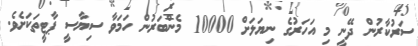
ސަރުކާރުން ދޭނީ މި އަހަރުގެ ނިޔަލަށް 10000 މެންބަރުން ހަމަވާ ސިޔާސީ ޕާޓީތަކަށެވެ.